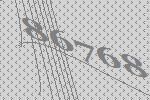
86768